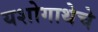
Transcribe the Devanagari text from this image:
यशोगाथेचे